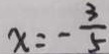
x = - \frac { 3 } { 5 }